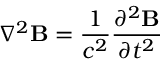
\nabla ^ { 2 } \mathbf { B } = { \frac { 1 } { c ^ { 2 } } } { \frac { \partial ^ { 2 } \mathbf { B } } { \partial t ^ { 2 } } }